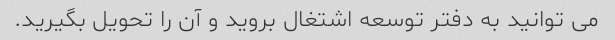
می توانید به دفتر توسعه اشتغال بروید و آن را تحویل بگیرید.